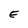
Character: E